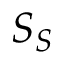
S _ { S }